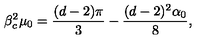
\beta _ { c } ^ { 2 } \mu _ { 0 } = \frac { ( d - 2 ) \pi } { 3 } - \frac { ( d - 2 ) ^ { 2 } \alpha _ { 0 } } { 8 } ,